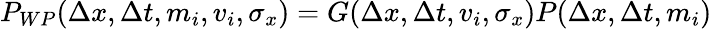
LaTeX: P_{WP}(\Delta x,\Delta t,m_{i},v_{i},\sigma_{x})=G(\Delta x,\Delta t,v_{i},\sigma_{x})P(\Delta x,\Delta t,m_{i})